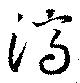
済